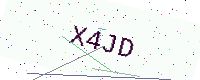
Text: X4JD